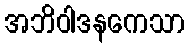
အဘိဝါဒနကေသာ